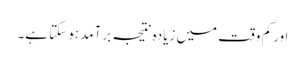
اور کم وقت میں زیادہ نتیجہ برآمد ہو سکتا ہے۔